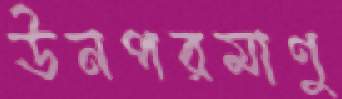
ঊনপরমাণু